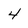
Character: 4